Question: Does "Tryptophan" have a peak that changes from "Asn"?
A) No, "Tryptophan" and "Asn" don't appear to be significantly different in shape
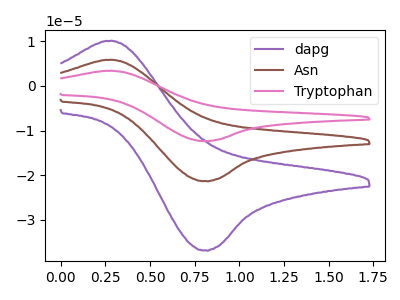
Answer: <think>The purple curve "dapg" has an anodic peak at (0.30V, 10.05uA) and a cathodic peak at (0.80V, -36.80uA). The brown curve "Asn" has an anodic peak at (0.30V, 5.85uA) and a cathodic peak at (0.80V, -21.30uA). The pink curve "Tryptophan" has an anodic peak at (0.30V, 11.65uA) and a cathodic peak at (0.80V, -42.60uA).
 All the peaks in "Tryptophan" have a peak in "Asn" at the same potential. Every peak in "Tryptophan" is higher than every peak in "Asn".</think>
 <answer>A) No, "Tryptophan" and "Asn" don't appear to be significantly different in shape</answer>
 <eval>A</eval>